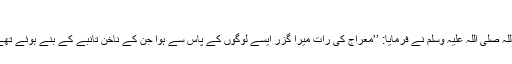
یقیناََ تم کو اس سے نفرت آئے گی‘‘
انس بن مالک رضی اللہ عنہ سے روایت ہے رسول اللہ صلی اللہ علیہ وسلم نے فرمایا: ’’معراج کی رات میرا گزر ایسے لوگوں کے پاس سے ہوا جن کے ناخن تانبے کے بنے ہوئے تھے اور وہ اپنے چہروں اور سینوں کو نوچ رہے تھے۔